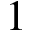
1